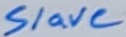
Text: Slave